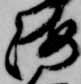
海